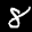
Label: 8